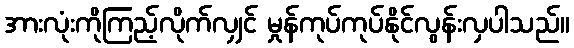
အားလုံးကိုကြည့်လိုက်လျှင် မှုန်ကုပ်ကုပ်နိုင်လွန်းလှပါသည်။